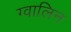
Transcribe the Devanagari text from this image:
ग्वालिन